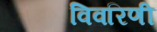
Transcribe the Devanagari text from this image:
विवरिणी